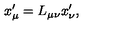
x _ { \mu } ^ { \prime } = L _ { \mu \nu } x _ { \nu } ^ { \prime } ,